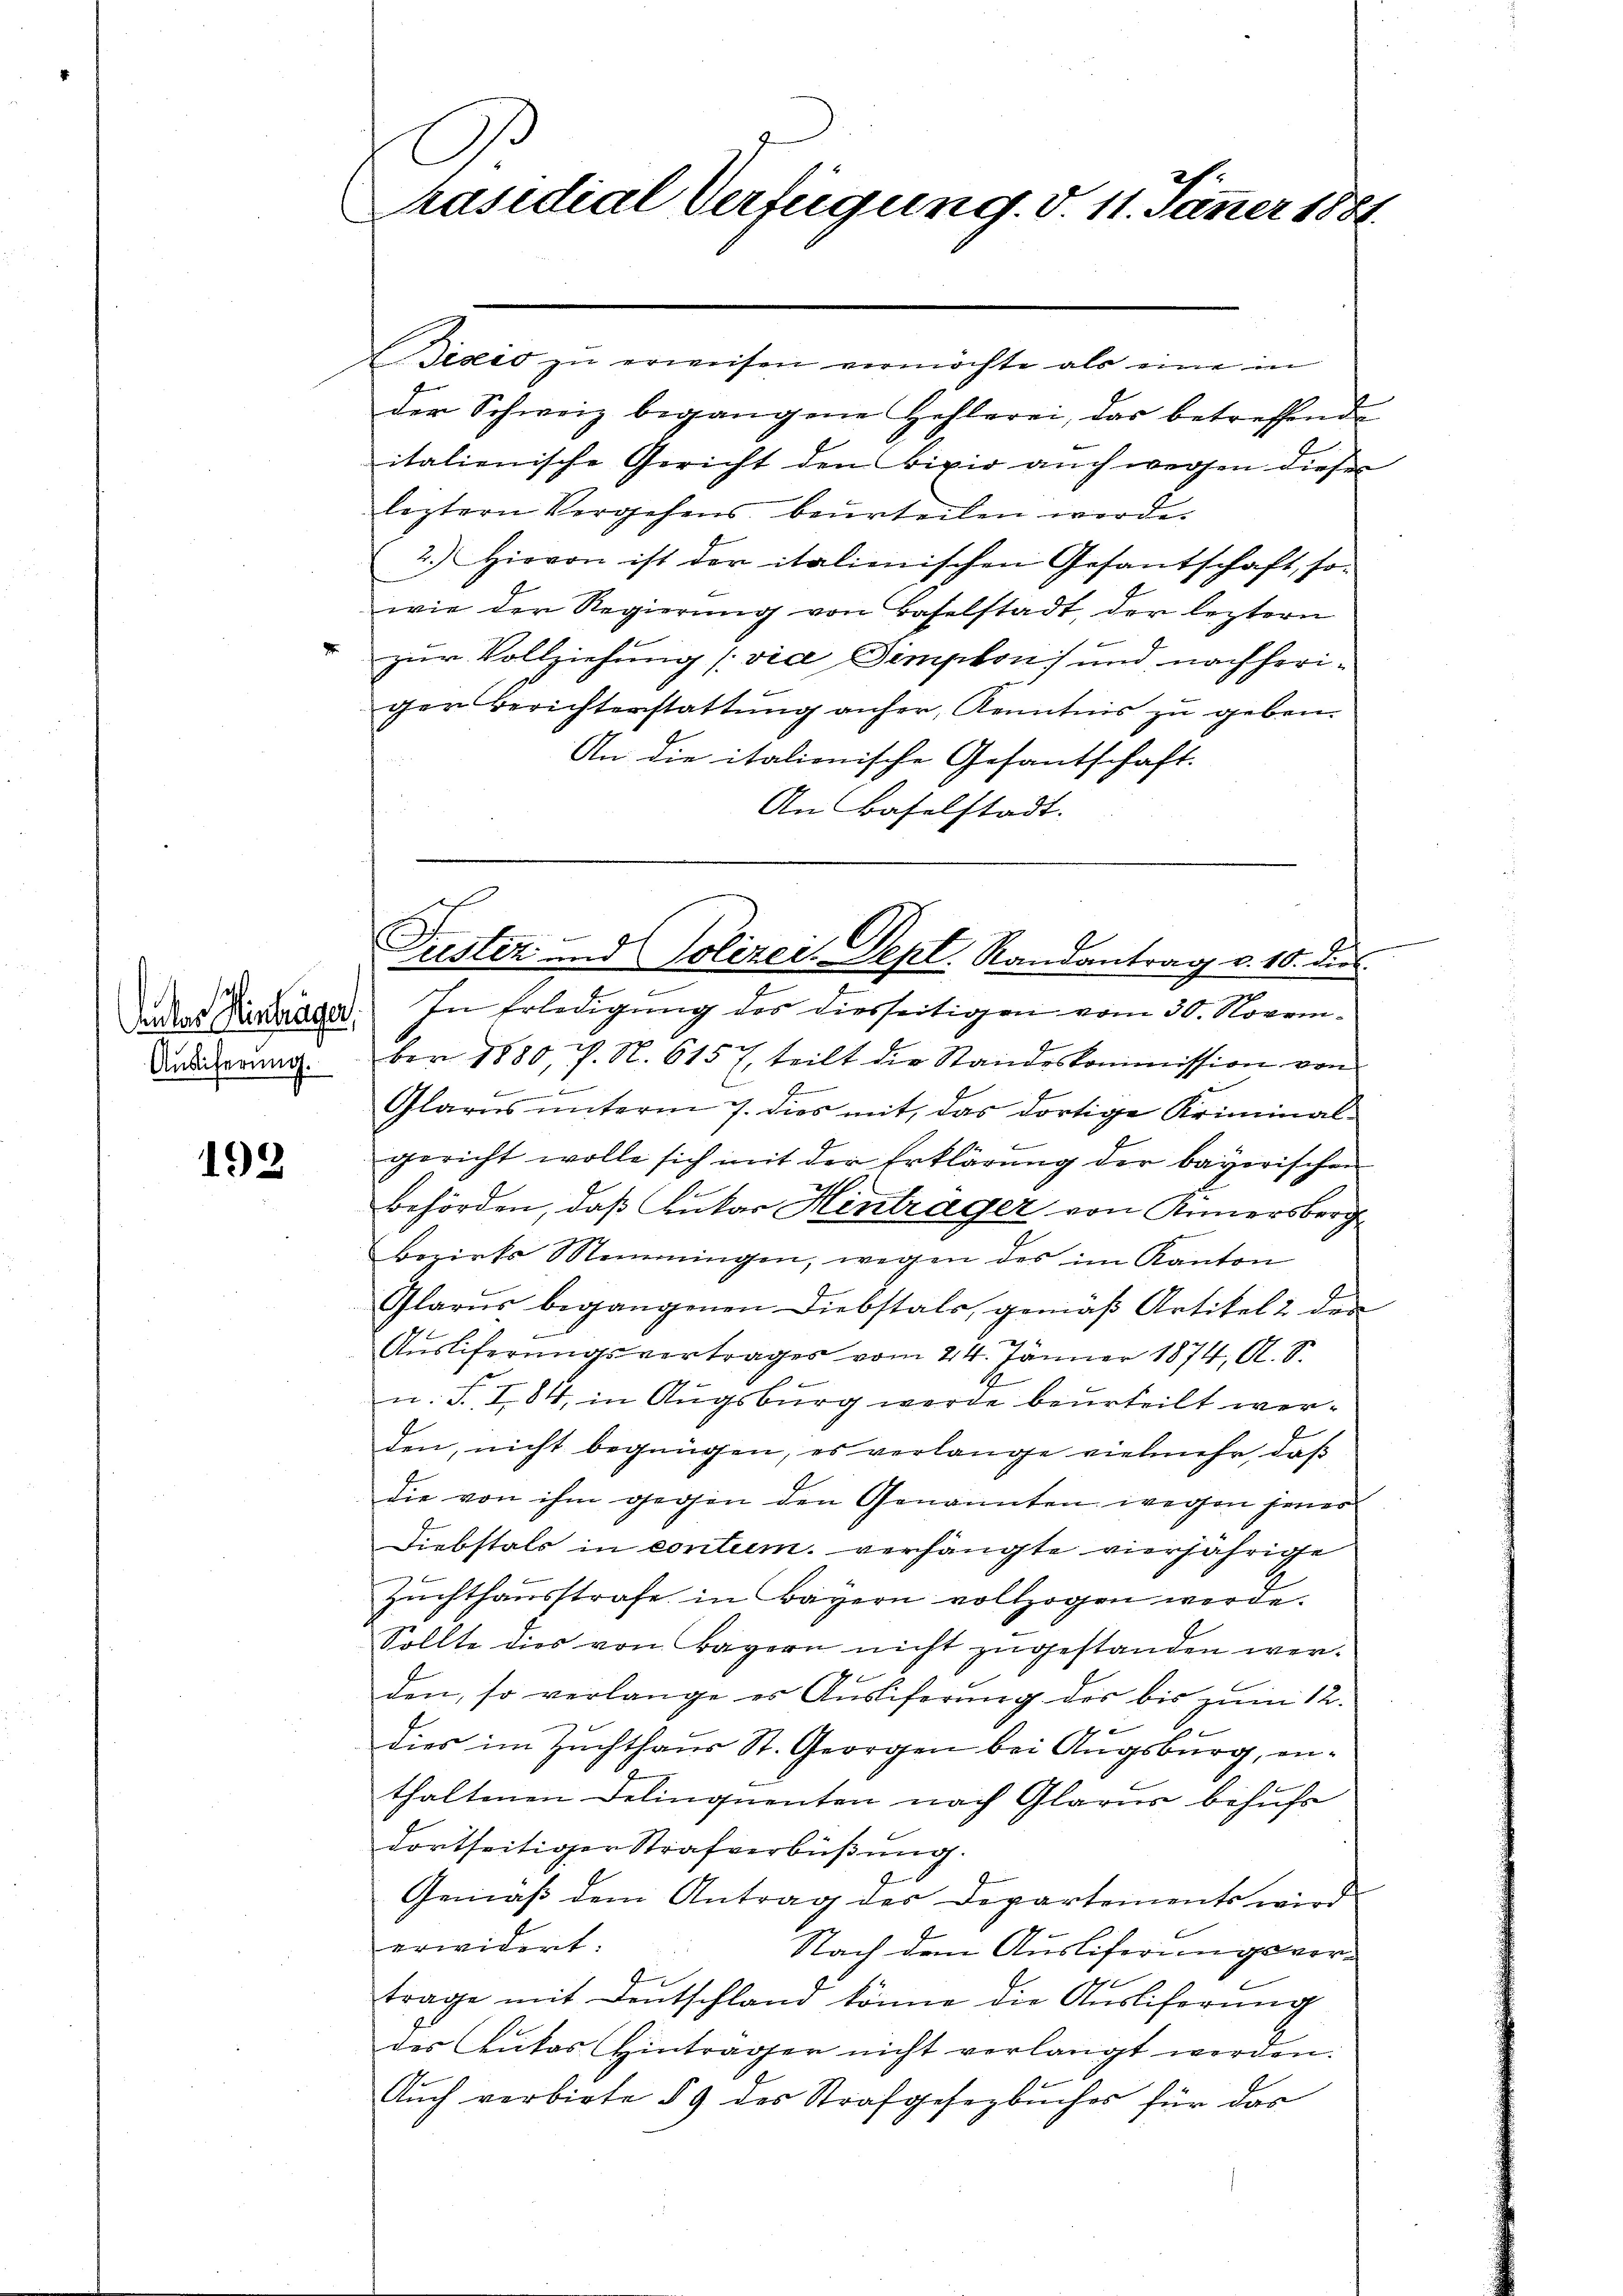
Auseiferung.

192

E
Präsidial Verfügung. d. 11. Jänner 1881.

Desis zu erweisen vermöchte als eine in
der Schweiz begangene Hehlerei, das betreffende
italienische Gericht den Fixir auch wegen dieser
leztern Vergehens beurteilen werde.
2.) Hievon ist der italienischen Gesantschaft, so-
wie der Regierung von Baselstadt, der leztern
" zur Vollziehung (via Simpkon) und nachheriger Berichterstattung anher, Kenntnis zu geben.
An die italienische Gesantschaft.
An Baselstadt.

Justiz und Polizei. Sept. Randantrag v. 10. dies

Jadas Vertrager. In Erledigung des diesseitigen vom 30. Novem¬
E
ber 1880, V. N. 615 7. teilt die Standeskommission von
2
b
Glarus unterm 7. dies mit, das dortige Kriminal-
gericht wolle sich mit der Erklärung der bayerischen
behörden, daß Lukar Hintrager von Anmersberg
bezirks Momeningen, wegen des im Kanton
Glarus begangenen Diebstals, gemäß Artikel 2 den
Auslieferungsvertrages vom 24. Jänner 1874, A. V.
u. S. I, 84, in Augsburg werde beurteilt werden, nicht begnügen, es verlange vielmehr, daß
die von ihm gegen den Genannten wegen jenes
Diebstals in contum. verhängte vierjährige
Zuchthausstrafe in Bayern vollzogen werde.
Sollte dies von Bayern nicht zugestanden werden, so verlange es Ausliferung des bis zum 12.
dies im Zuchthaus St. Georgen bei Augsburg, enthaltenen Delinquenten nach Glarus behufs
dortseitiger Strafverbüßung.
Gemäß dem Antrag des Departements wird
erwidert.
Nach dem Ausliferungsvertrage mit Deutschland könne die Ausliferung
des Lukas Hinträger nicht verlangt werden.
Auch verbirte § 9 des Strafgesezbuches für das